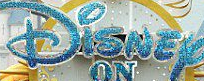
Disney